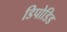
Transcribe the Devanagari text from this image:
डिपोडिड